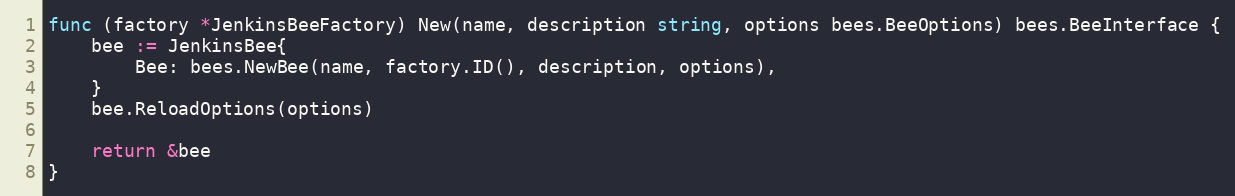
Language: Go
func (factory *JenkinsBeeFactory) New(name, description string, options bees.BeeOptions) bees.BeeInterface {
	bee := JenkinsBee{
		Bee: bees.NewBee(name, factory.ID(), description, options),
	}
	bee.ReloadOptions(options)

	return &bee
}